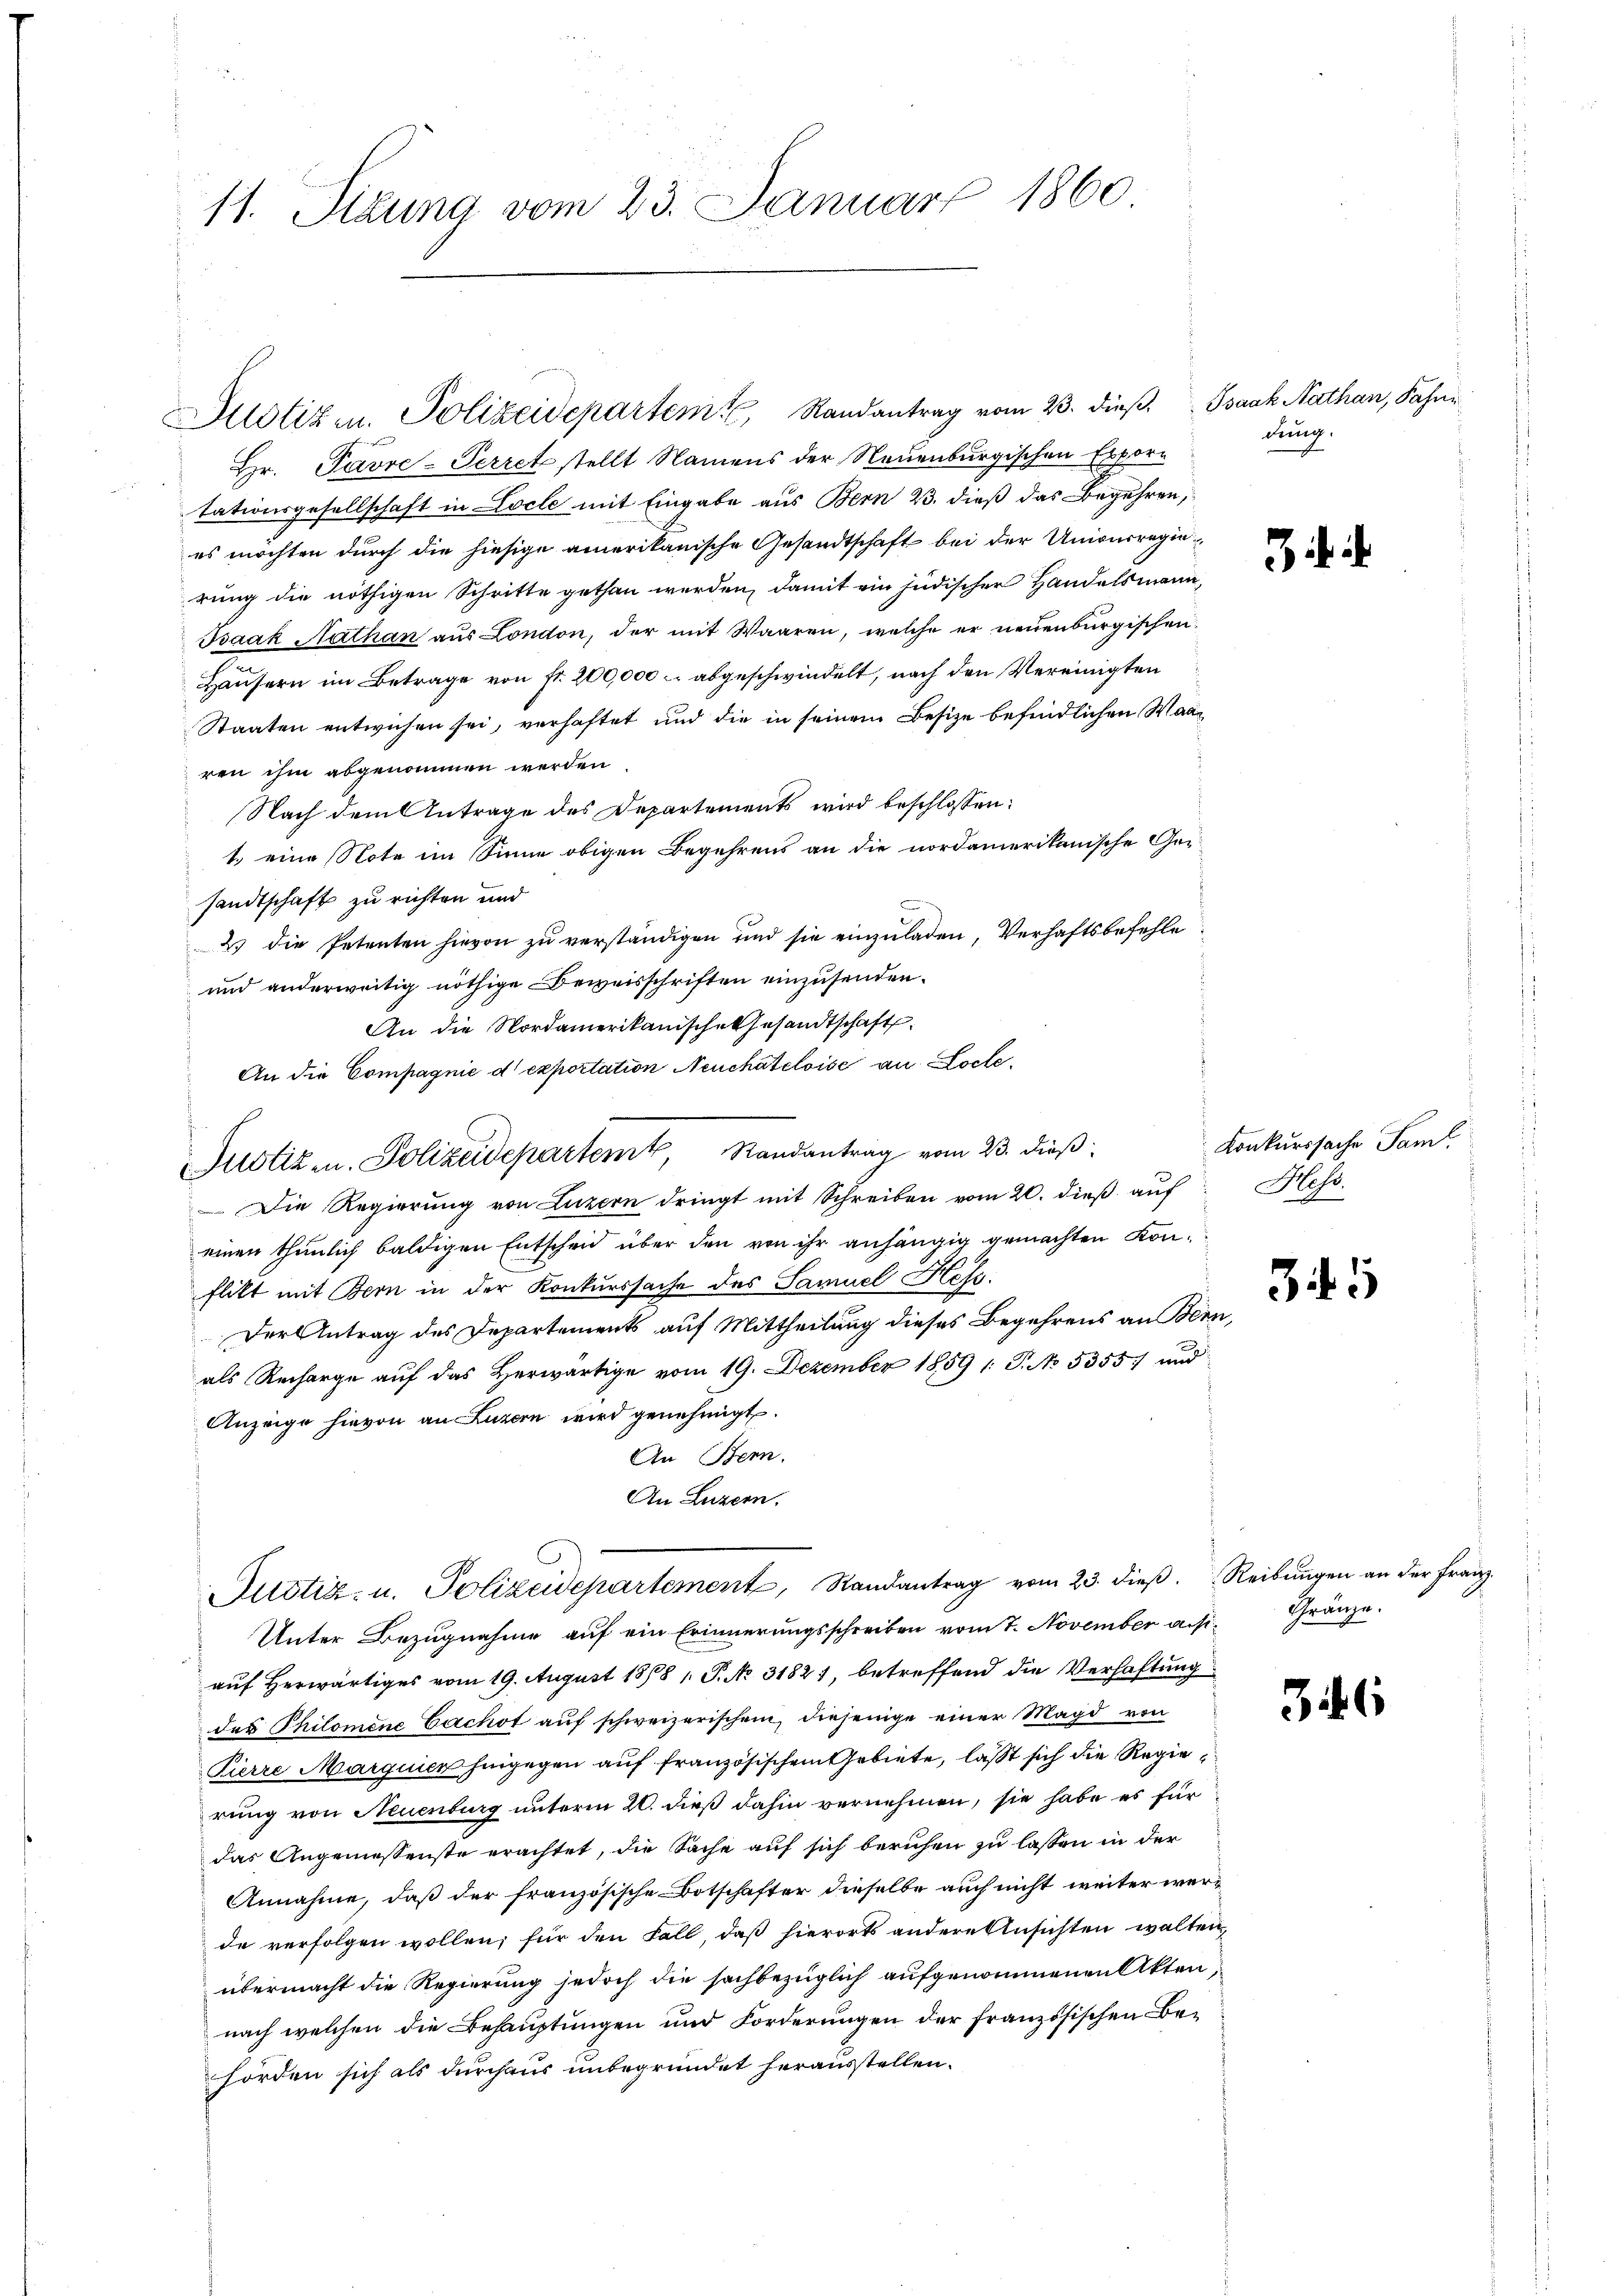
11. Sitzung vom 23. Januar 1860

Justizen. Polizeidepartem Randantrag vom 23. dieß. Isaak Nathan, Fahne

Hr. Pavre-Perret stellt Namens der Neuenburgischen Exporn
tationsgesellschaft in Locle mit Eingabe aus Bern 23. dieß das Begehren,
es möchten durch die hiesige amerikanische Gesandtschaft bei der Univerregierung die nöthigen Schritte gethan werden, damit ein jüdischer Handelsmann,
Bsaak Nathan aus London, der mit Waaren, welche er neuenburgischen
Häusern im Betrage von fr. 200,000 – abgeschwindelt, nach den Vereinigten
Staaten entwichen sei, verhaftet und die in seinem Besitze befindlichen Waaren ihm abgenommen werden
Nach dem Antrage des Departements wird beschlossen:
1. eine Note im Sinne obigen Begehrens an die nordamerikanische Gesandtschaft zu richten und
2) die Petenten hievon zŭ verständigen und sie einzŭladen, Verhaftsbefehle
und anderweitig nöthige Beweisschriften einzusenden.
An die Nordamerikanische Gesandtschaft
einen thunlich baldigen Entscheid über den von ihr anhängig gemachten Konflikt mit Bern in der Konkurssache des Samuel Hess.
Der Antrag des Departements auf Mittheilung dieses Begehrens an Bern,
als Recharge auf das Herwärtige vom 19. Dezember 1859 /: P. No 5355/ und
Anzeige hievon an Luzern wird genehmigt.
An Bern.
An Luzern,
Mitstiz- u. Polizeidepartement, Randantrag vom 23. dieß. Reibungen an der Franz¬
Unter Bezugnahme auf ein Erinnerungsschreiben vom 7. November ansi- Gränze.
auf Herwärtiges vom 19. August 1868 1. P. No. 31821, betreffend die Verhaftung
des Philomene Cachst auf schweizerischen, diejenige einer Magd von
Pierre Marguier hingegen auf französischem Gebiete, lässt sich die Regierung von Neuenburg unterm 20. dieß dahin vernehmen, sie habe es für
das Angemessenste erachtet, die Sache auf sich beruhen zu lassen in der
Annahme, daß der französische Botschafter dieselbe auch nicht weiter werde verfolgen wollen; für den Fall, daß hierorts andere Ansichten walten,
übermacht die Regierung jedoch die sachbezüglich aufgenommenen Akten,
nach welchen die Behauptungen und Forderungen der französischen Behörden sich als durchaus unbegründet herausstellen.

An die Compagnie d exportation Neuchâteloise an Loche
Justiz u. Polizeidepartemt, Randantrag vom 23. dieß
Die Regierung von Luzern dringt mit Schreiben vom 20. dieß auf Hess.

dung.

Konkurssache Saml.

35

346